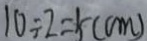
1 0 \div 2 = 5 ( c m )